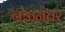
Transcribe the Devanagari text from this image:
नऊनंतर